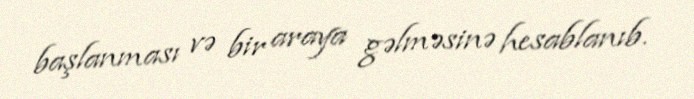
başlanması və bir araya gəlməsinə hesablanıb.